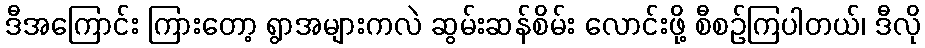
ဒီအကြောင်း ကြားတော့ ရွာအများကလဲ ဆွမ်းဆန်စိမ်း လောင်းဖို့ စီစဉ်ကြပါတယ်၊ ဒီလို